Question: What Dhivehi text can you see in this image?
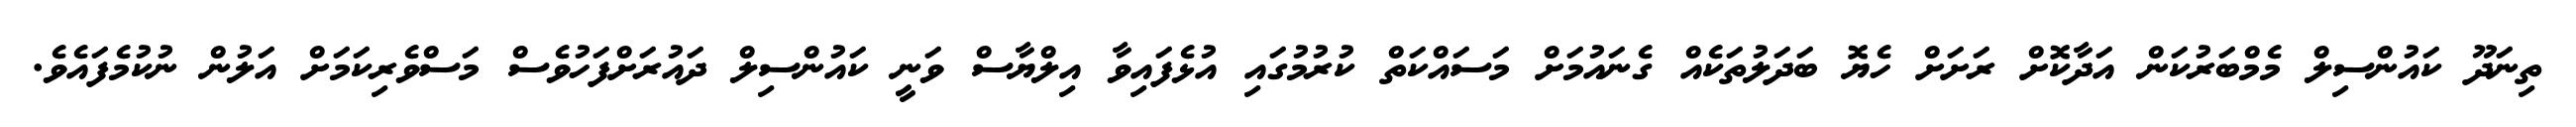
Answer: ތިނަދޫ ކައުންސިލް މެމްބަރުކަން އަދާކޮށް ރަށަށް ހެޔޮ ބަދަލުތަކެއް ގެނައުމަށް މަސައްކަތް ކުރުމުގައި އުޅެފައިވާ އިލްޔާސް ވަނީ ކައުންސިލް ދައުރަށްފަހުވެސް މަސްވެރިކަމަށް އަލުން ނުކުމެފައެވެ.